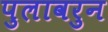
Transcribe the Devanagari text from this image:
पुलावरुन